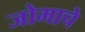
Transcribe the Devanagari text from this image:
जोमाचे